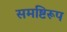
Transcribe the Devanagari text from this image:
समष्टिरूप